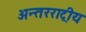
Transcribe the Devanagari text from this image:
अन्तरराट्रीय